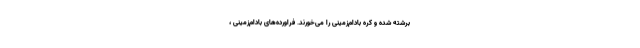
برشته شده و کره بادام‌زمینی را می‌خورند. فراورده‌های بادام‌زمینی ،